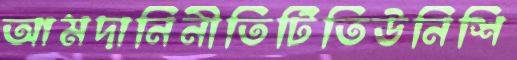
আমদানিনীতিটিতিউনিশি